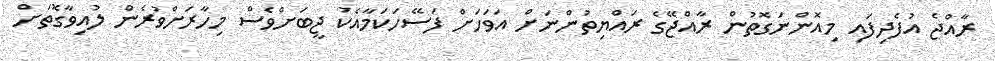
ރާއްޖެ އުފެދިފައި މިއޮންނަގޮތުން ރާއްޖޭގެ ރައްޔިތުންނަށް އަވަހަށް ފަސޭހަކަމާއެކު ޖީބަށްވެސް މިހާރަށްވުރެން ލުއިވާގޮތަށް